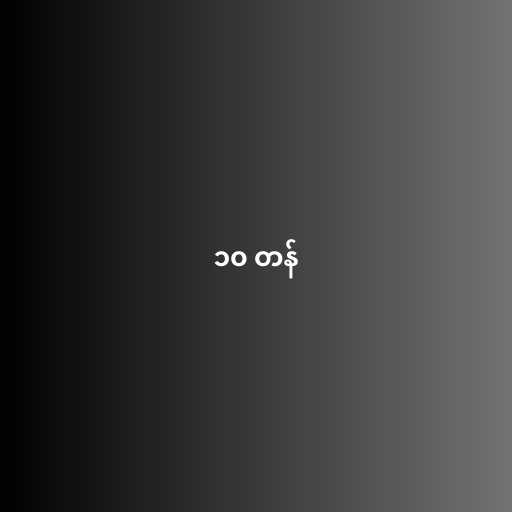
၁၀ တန်